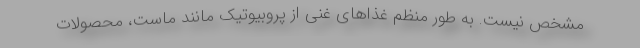
مشخص نیست. به طور منظم غذاهای غنی از پروبیوتیک مانند ماست، محصولات